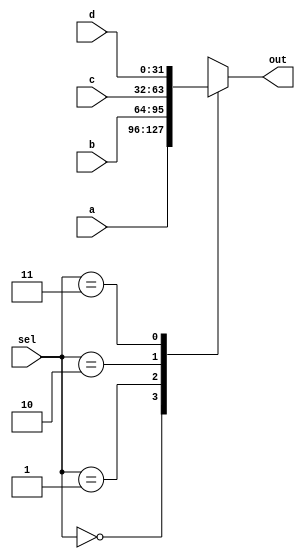
module mux2_4 (a,b,c,d,sel,out);
    input wire [31:0] a,b,c,d;
    input wire [1:0] sel;

    output reg [31:0] out;

    always @ (*) begin
        
        case (sel)
            3'b00 : out = a;
            3'b01 : out = b;
            3'b10 : out = c;
            3'b11 : out = d;
            endcase
    end
endmodule